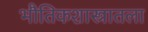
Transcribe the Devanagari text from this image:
भौतिकशास्त्रातला